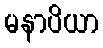
မနာပိယာ